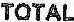
TOTAL